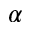
\alpha